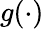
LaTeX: g(\cdot)